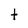
Character: t